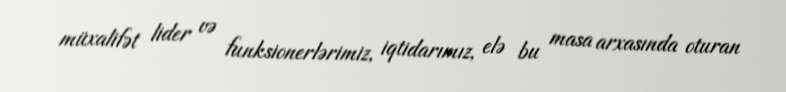
müxalifət lider və funksionerlərimiz, iqtidarımız, elə bu masa arxasında oturan